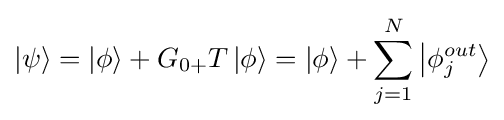
\left|\psi \right\rangle =\left|\phi \right\rangle +{G_{0+}}T\left|\phi \right\rangle =\left|\phi \right\rangle +\sum \limits _{j=1}^{N}{\left|{\phi _{j}^{out}}\right\rangle }